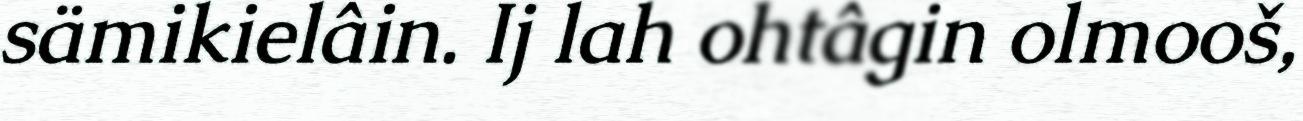
sämikielâin. Ij lah ohtâgin olmooš,